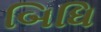
બિધિ